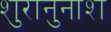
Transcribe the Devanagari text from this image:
शुरानुनाश